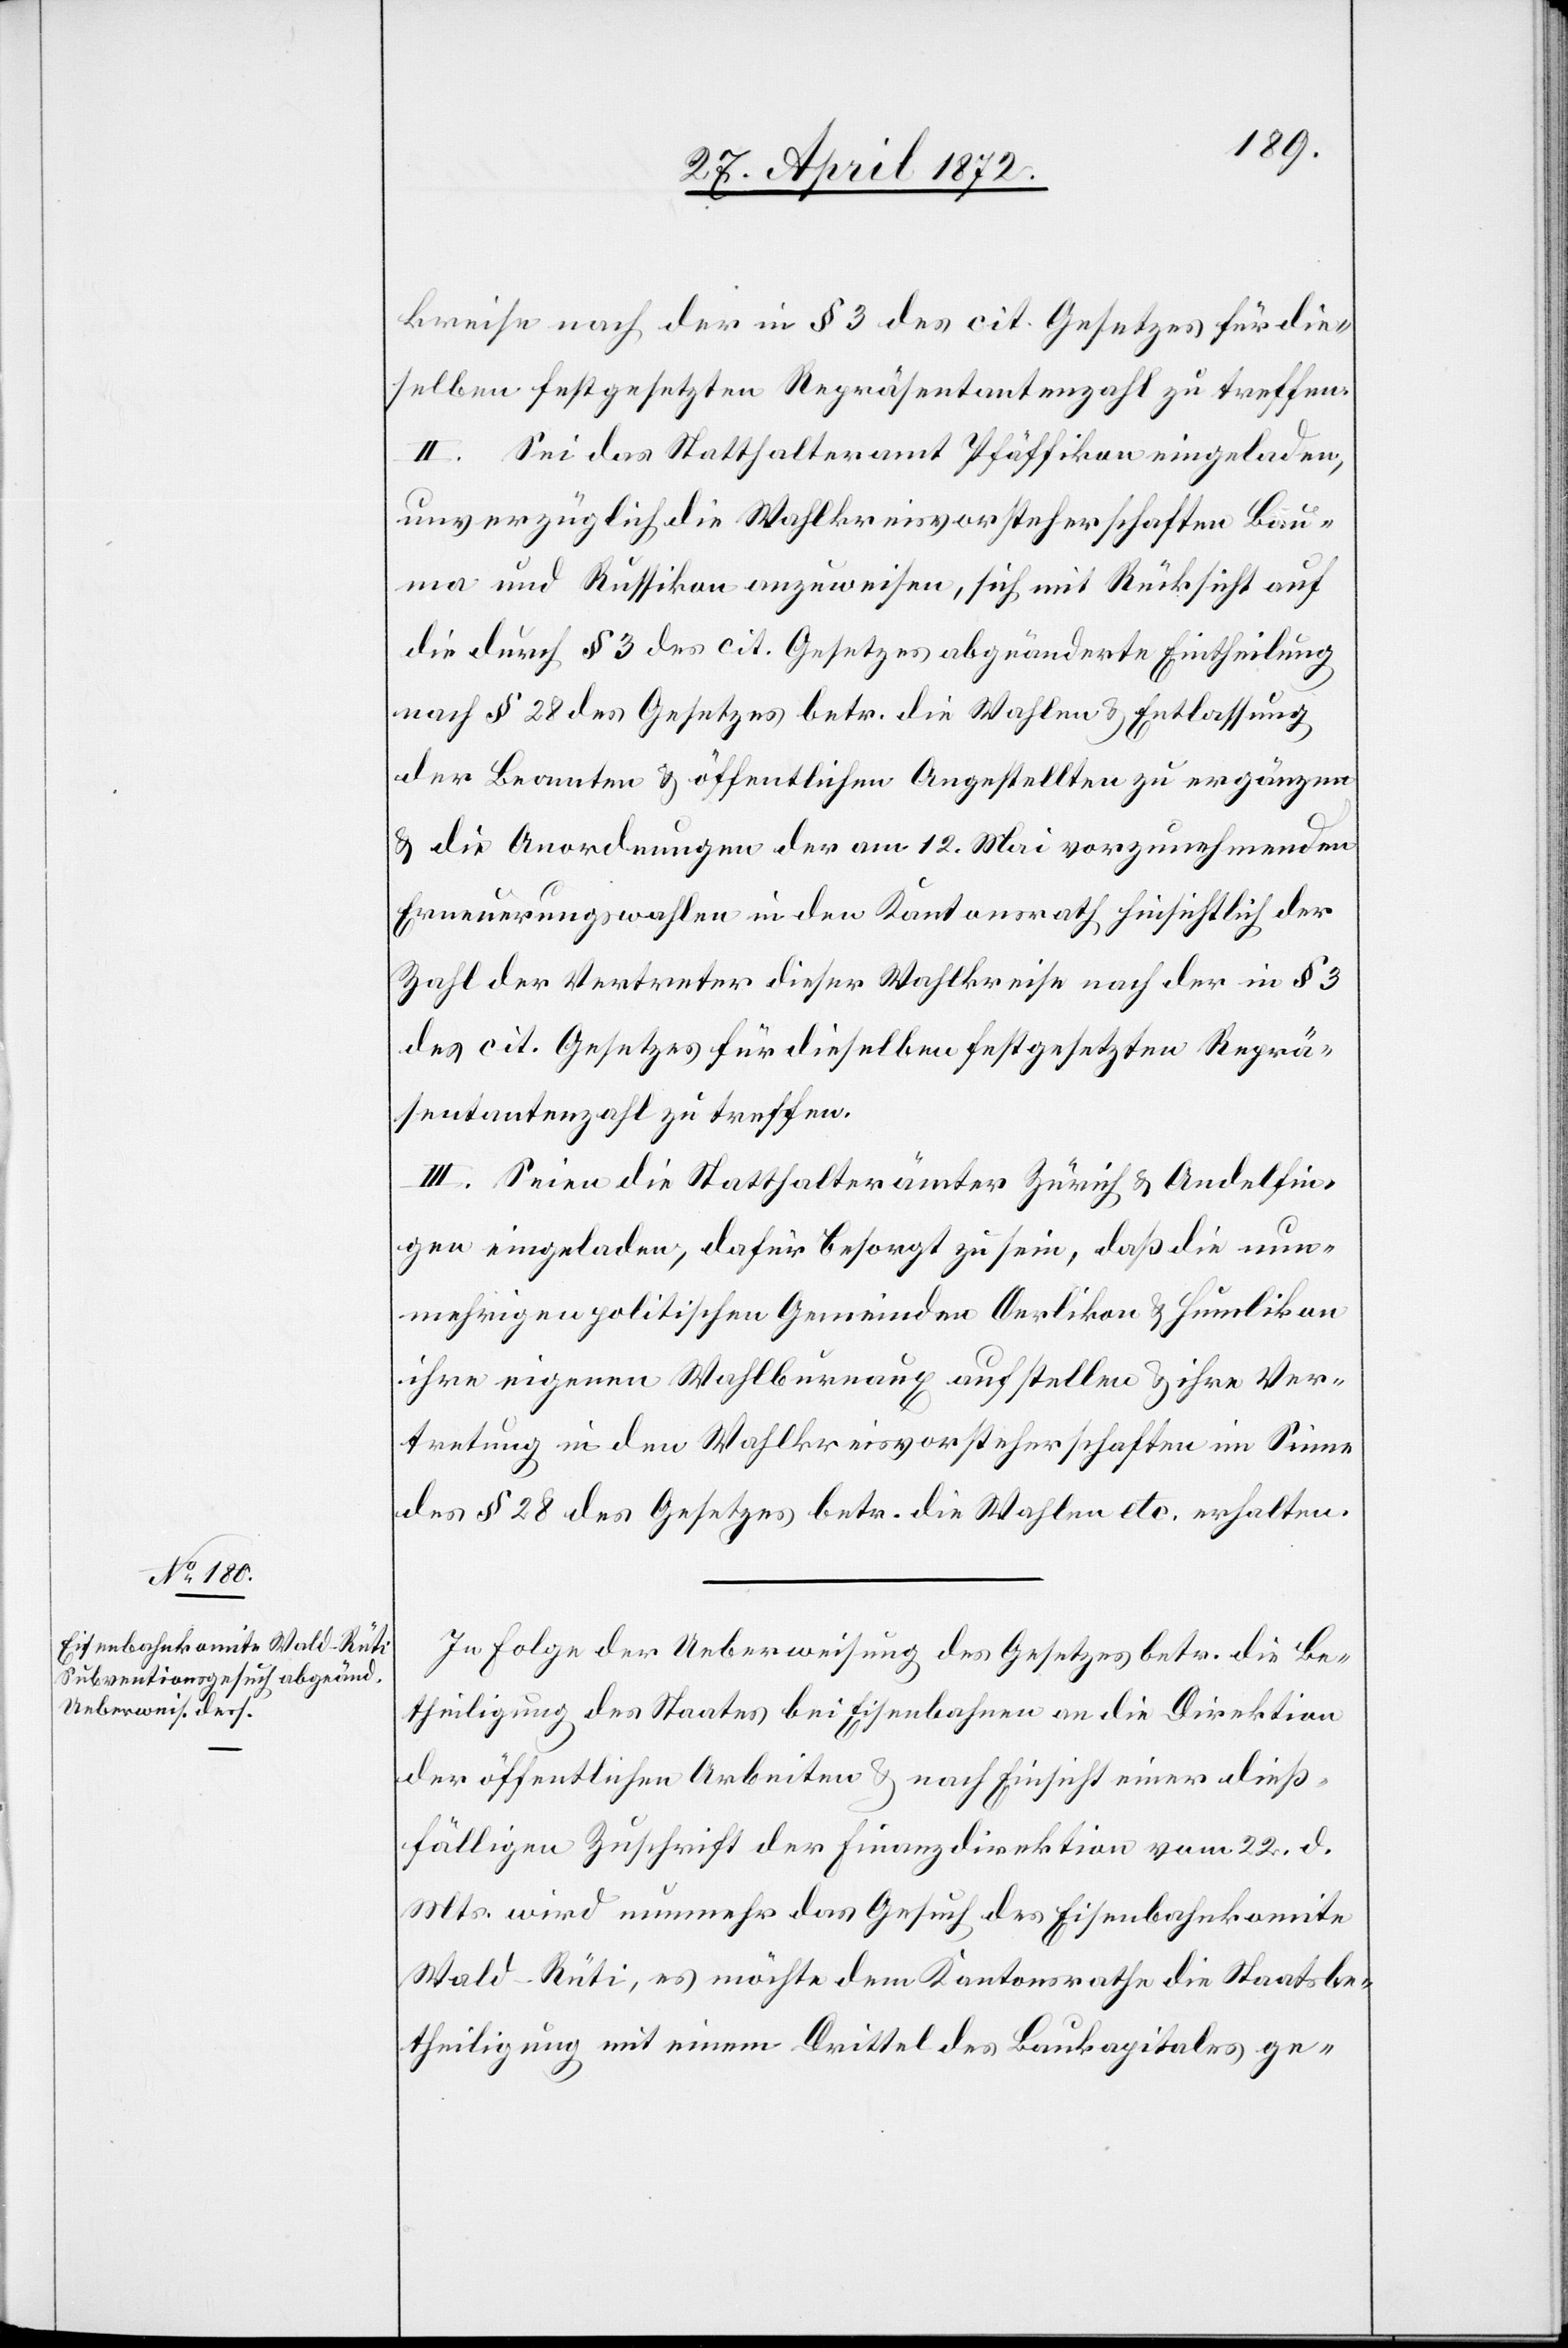
kreise nach der in § 3 des cit. Gesetzes für die¬
selben festgesetzten Repräsentantenzahl zu treffen.
II. Sei das Statthalteramt Pfäffikon eingeladen,
unverzüglich die Wahlkreisvorsteherschaften Bau¬
ma und Russikon anzuweisen, sich mit Rücksicht auf
die durch § 3 des cit. Gesetzes abgeänderte Eintheilung
nach § 28 des Gesetzes betr. die Wahlen u. Entlassung
der Beamten u. öffentlichen Angestellten zu ergänzen
u. die Anordnungen der am 12. Mai vorzunehmenden
Erneuerungswahlen in den Kantonsrath hinsichtlich der
Zahl der Vertreter dieser Wahlkreise nach der in § 3
des cit. Gesetzes für dieselben festgesetzten Reprä¬
sentantenzahl zu treffen.
III. Seien die Statthalterämter Zürich u. Andelfin¬
gen eingeladen, dafür besorgt zu sein, daß die nun¬
mehrigen politischen Gemeinden Oerlikon u. Humlikon
ihre eigenen Wahlbureaux aufstellen u. ihre Ver¬
tretung in den Wahlkreisvorsteherschaften im Sinne
des § 28 des Gesetzes betr. die Wahlen etc. erhalten.
In Folge der Ueberweisung des Gesetzes betr. die Be¬
theiligung des Staates bei Eisenbahnen an die Direktion
der öffentlichen Arbeiten u. nach Einsicht einer dieß¬
fälligen Zuschrift der Finanzdirektion vom 22. d.
Mts. wird nunmehr das Gesuch des Eisenbahnkomite
Wald–Rüti, es möchte dem Kantonsrathe die Staatsbe¬
theiligung mit einem Drittel des Baukapitales ge-